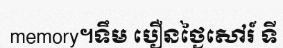
memory។ទឹម បឿនថ្ងៃសៅរ៍ ទី